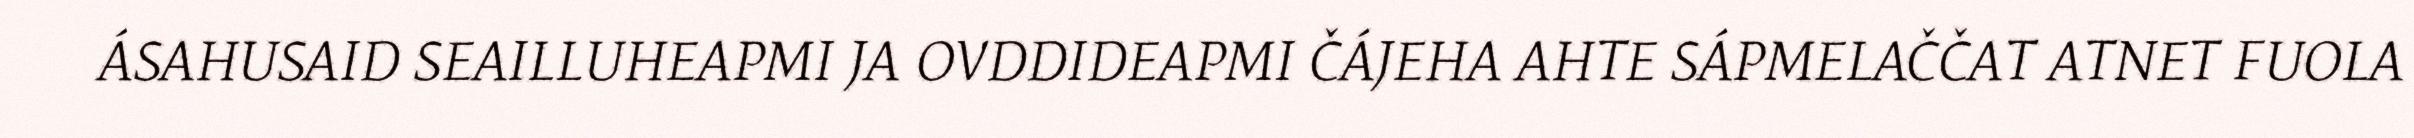
ÁSAHUSAID SEAILLUHEAPMI JA OVDDIDEAPMI ČÁJEHA AHTE SÁPMELAČČAT ATNET FUOLA